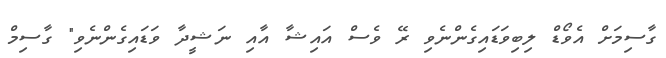
ގާސިމަށް އެވޯޑް ލިބިވަޑައިގެންނެވި ރޭ ވެސް އައިޝާ އާއި ނަޝީދާ ވަޑައިގެންނެވި" ގާސިމް